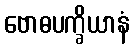
ဗောဓပက္ခိယာနံ